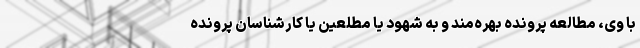
با وی، مطالعه پرونده بهره‌مند و به شهود یا مطلعین یا کارشناسان پرونده